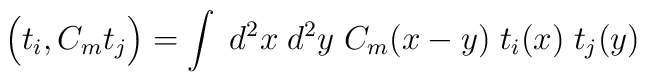
\Big(t_i,C_m t_j \Big) = \int \; d^2x\; d^2y \;  C_m(x-y) \; t_i(x) \; t_j(y)